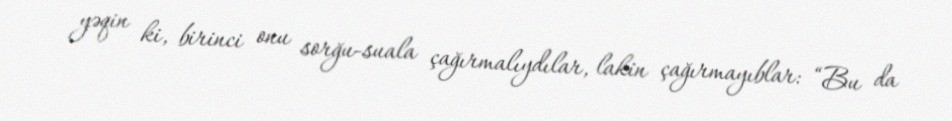
yəqin ki, birinci onu sorğu-suala çağırmalıydılar, lakin çağırmayıblar: “Bu da